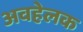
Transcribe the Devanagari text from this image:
अवहेलक